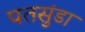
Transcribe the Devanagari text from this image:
पतसुंडा